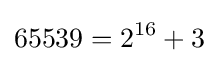
65539=2^{16}+3